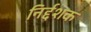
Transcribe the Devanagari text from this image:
निर्द्दशक